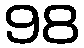
98